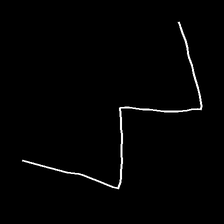
Glyph: crush